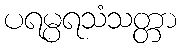
ပရမ္ပရသံသတ္တာ